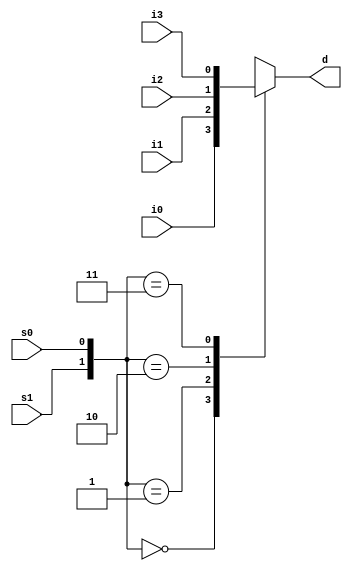
`timescale 1ns / 1ps
//////////////////////////////////////////////////////////////////////////////////
// Company: 
// Engineer: 
// 
// Design Name: 
// Module Name: Mux_behavioral
// Project Name: 
// Target Devices: 
// Tool Versions: 
// Description: 
// 
// Dependencies: 
// 
// Revision:
// Revision 0.01 - File Created
// Additional Comments:
// 
//////////////////////////////////////////////////////////////////////////////////


module Mux_behavioral(
    input s1,
    input s0,
    input i0,
    input i1,
    input i2,
    input i3,
    output reg d
    );
    
    always @(s1, s0, i0, i1, i2, i3)
    begin
    
    case ({s1, s0})
        2'b00 : d = i0;
        2'b01 : d = i1;
        2'b10 : d = i2;
        2'b11 : d = i3;
    endcase
       
    end
    
endmodule